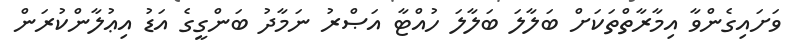
ވަށައިގެންވާ އިމާރާތްތަކަށް ބަލާލަ ބަލާލަ ހުއްޓާ އަޞްރު ނަމާދު ބަންގީގެ އަޑު އިޢުލާންކުރަން